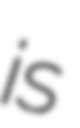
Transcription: is